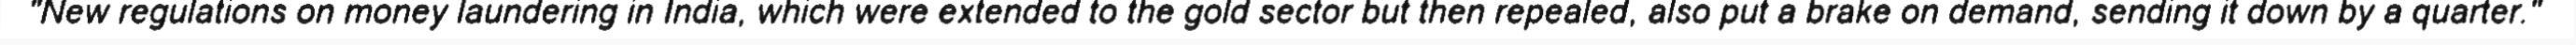
"New regulations on money laundering in India, which were extended to the gold sector but then repealed, also put a brake on demand, sending it down by a quarter."